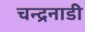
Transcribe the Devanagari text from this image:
चन्द्रनाडी